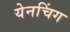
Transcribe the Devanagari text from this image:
येनचिंग